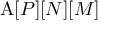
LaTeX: \mathrm { A } [ P ] [ N ] [ M ]